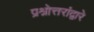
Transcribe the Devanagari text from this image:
प्रश्नोत्तरांद्वारे